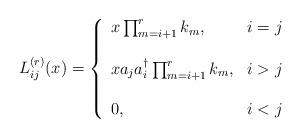
LaTeX: \begin{align*}L^{(r)}_{ij}(x)=\left\{\begin{array}{ll}x \prod_{m=i+1}^{r}k_m,&i=j\\\\x a_j a^\dag_i\prod_{m=i+1}^{r} k_m,&i>j\\\\0,&i<j\end{array}\right.\end{align*}